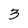
Character: 3